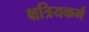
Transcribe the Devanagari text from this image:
क्षत्रियकर्म